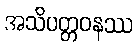
အသိပတ္တဝနဿ